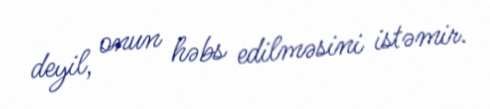
deyil, onun həbs edilməsini istəmir.